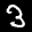
Label: 3